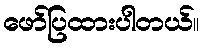
ဖော်ပြထားပါတယ်။